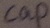
Text: cap